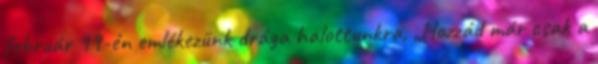
február 19-én emlékezünk drága halottunkra, „Hozzád már csak a